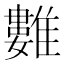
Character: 𩀮